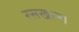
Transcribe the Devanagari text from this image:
रसखान।